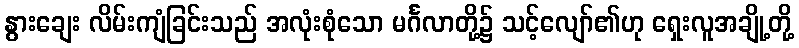
နွားချေး လိမ်းကျံခြင်းသည် အလုံးစုံသော မင်္ဂလာတို့၌ သင့်လျော်၏ဟု ရှေးလူအချို့တို့